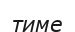
тиме